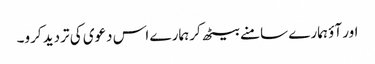
اور آؤ ہمارے سامنے بیٹھ کر ہمارے اس دعوی کی تردید کرو۔